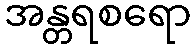
အန္တရစရော